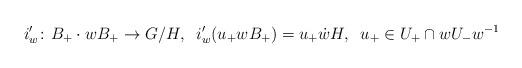
LaTeX: \begin{align*}i'_w \colon B_+ \cdot w B_+ \to G/H, \; \;i'_w(u_+ w B_+) = u_+ \dot{w} H, \; \; u_+ \in U_+ \cap w U_- w^{-1}\end{align*}